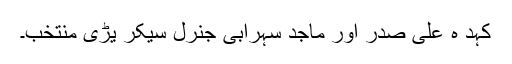
کہد ہ علی صدر اور ماجد سہرابی جنرل سیکر یڑی منتخب۔